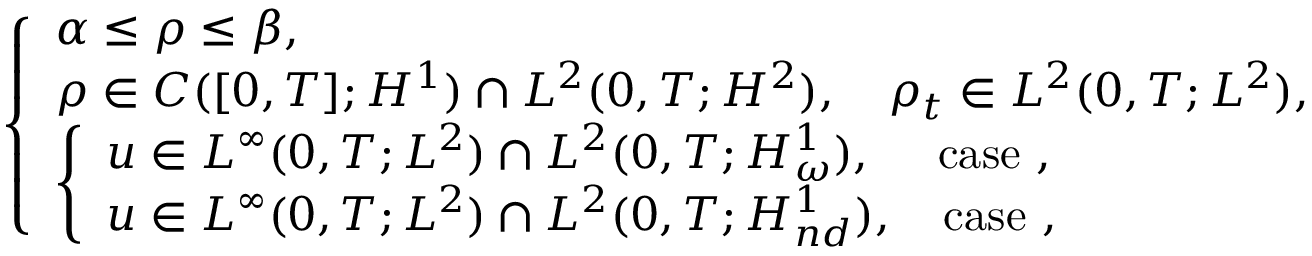
\left\{ \begin{array} { l l } { \alpha \leq \rho \leq \beta , } \\ { \rho \in C ( [ 0 , T ] ; H ^ { 1 } ) \cap L ^ { 2 } ( 0 , T ; H ^ { 2 } ) , \quad \rho _ { t } \in L ^ { 2 } ( 0 , T ; L ^ { 2 } ) , } \\ { \left\{ \begin{array} { l l } { u \in L ^ { \infty } ( 0 , T ; L ^ { 2 } ) \cap L ^ { 2 } ( 0 , T ; H _ { \omega } ^ { 1 } ) , \quad \, \, \mathrm { c a s e ~ } , } \\ { u \in L ^ { \infty } ( 0 , T ; L ^ { 2 } ) \cap L ^ { 2 } ( 0 , T ; H _ { n d } ^ { 1 } ) , \quad \mathrm { c a s e ~ } , } \end{array} \right. } \end{array} \right.